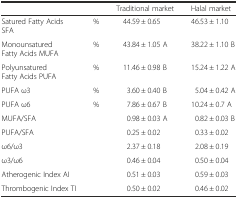
|  |  | Traditional market | Halal market |
 | --- | --- | --- | --- |
 | Satured Fatty Acids SFA | % | 44.59 ± 0.65 | 46.53 ± 1.10 |
 | Monounsatured Fatty Acids MUFA | % | 43.84 ± 1.05 A | 38.22 ± 1.10 B |
 | Polyunsatured Fatty Acids PUFA | % | 11.46 ± 0.98 B | 15.24 ± 1.22 A |
 | PUFA ω3 | % | 3.60 ± 0.40 B | 5.04 ± 0.42 A |
 | PUFA ω6 | % | 7.86 ± 0.67 B | 10.24 ± 0.7 A |
 | MUFA/SFA |  | 0.98 ± 0.03 A | 0.82 ± 0.03 B |
 | PUFA/SFA |  | 0.25 ± 0.02 | 0.33 ± 0.02 |
 | ω6/ω3 |  | 2.37 ± 0.18 | 2.08 ± 0.19 |
 | ω3/ω6 |  | 0.46 ± 0.04 | 0.50 ± 0.04 |
 | Atherogenic Index AI |  | 0.51 ± 0.03 | 0.59 ± 0.03 |
 | Thrombogenic Index TI |  | 0.50 ± 0.02 | 0.46 ± 0.02 |